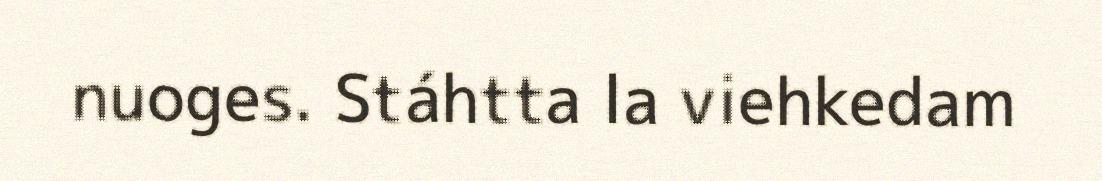
nuoges. Stáhtta la viehkedam